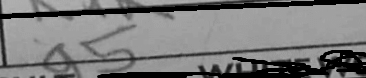
Transcription: a5